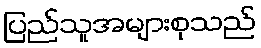
ပြည်သူအများစုသည်